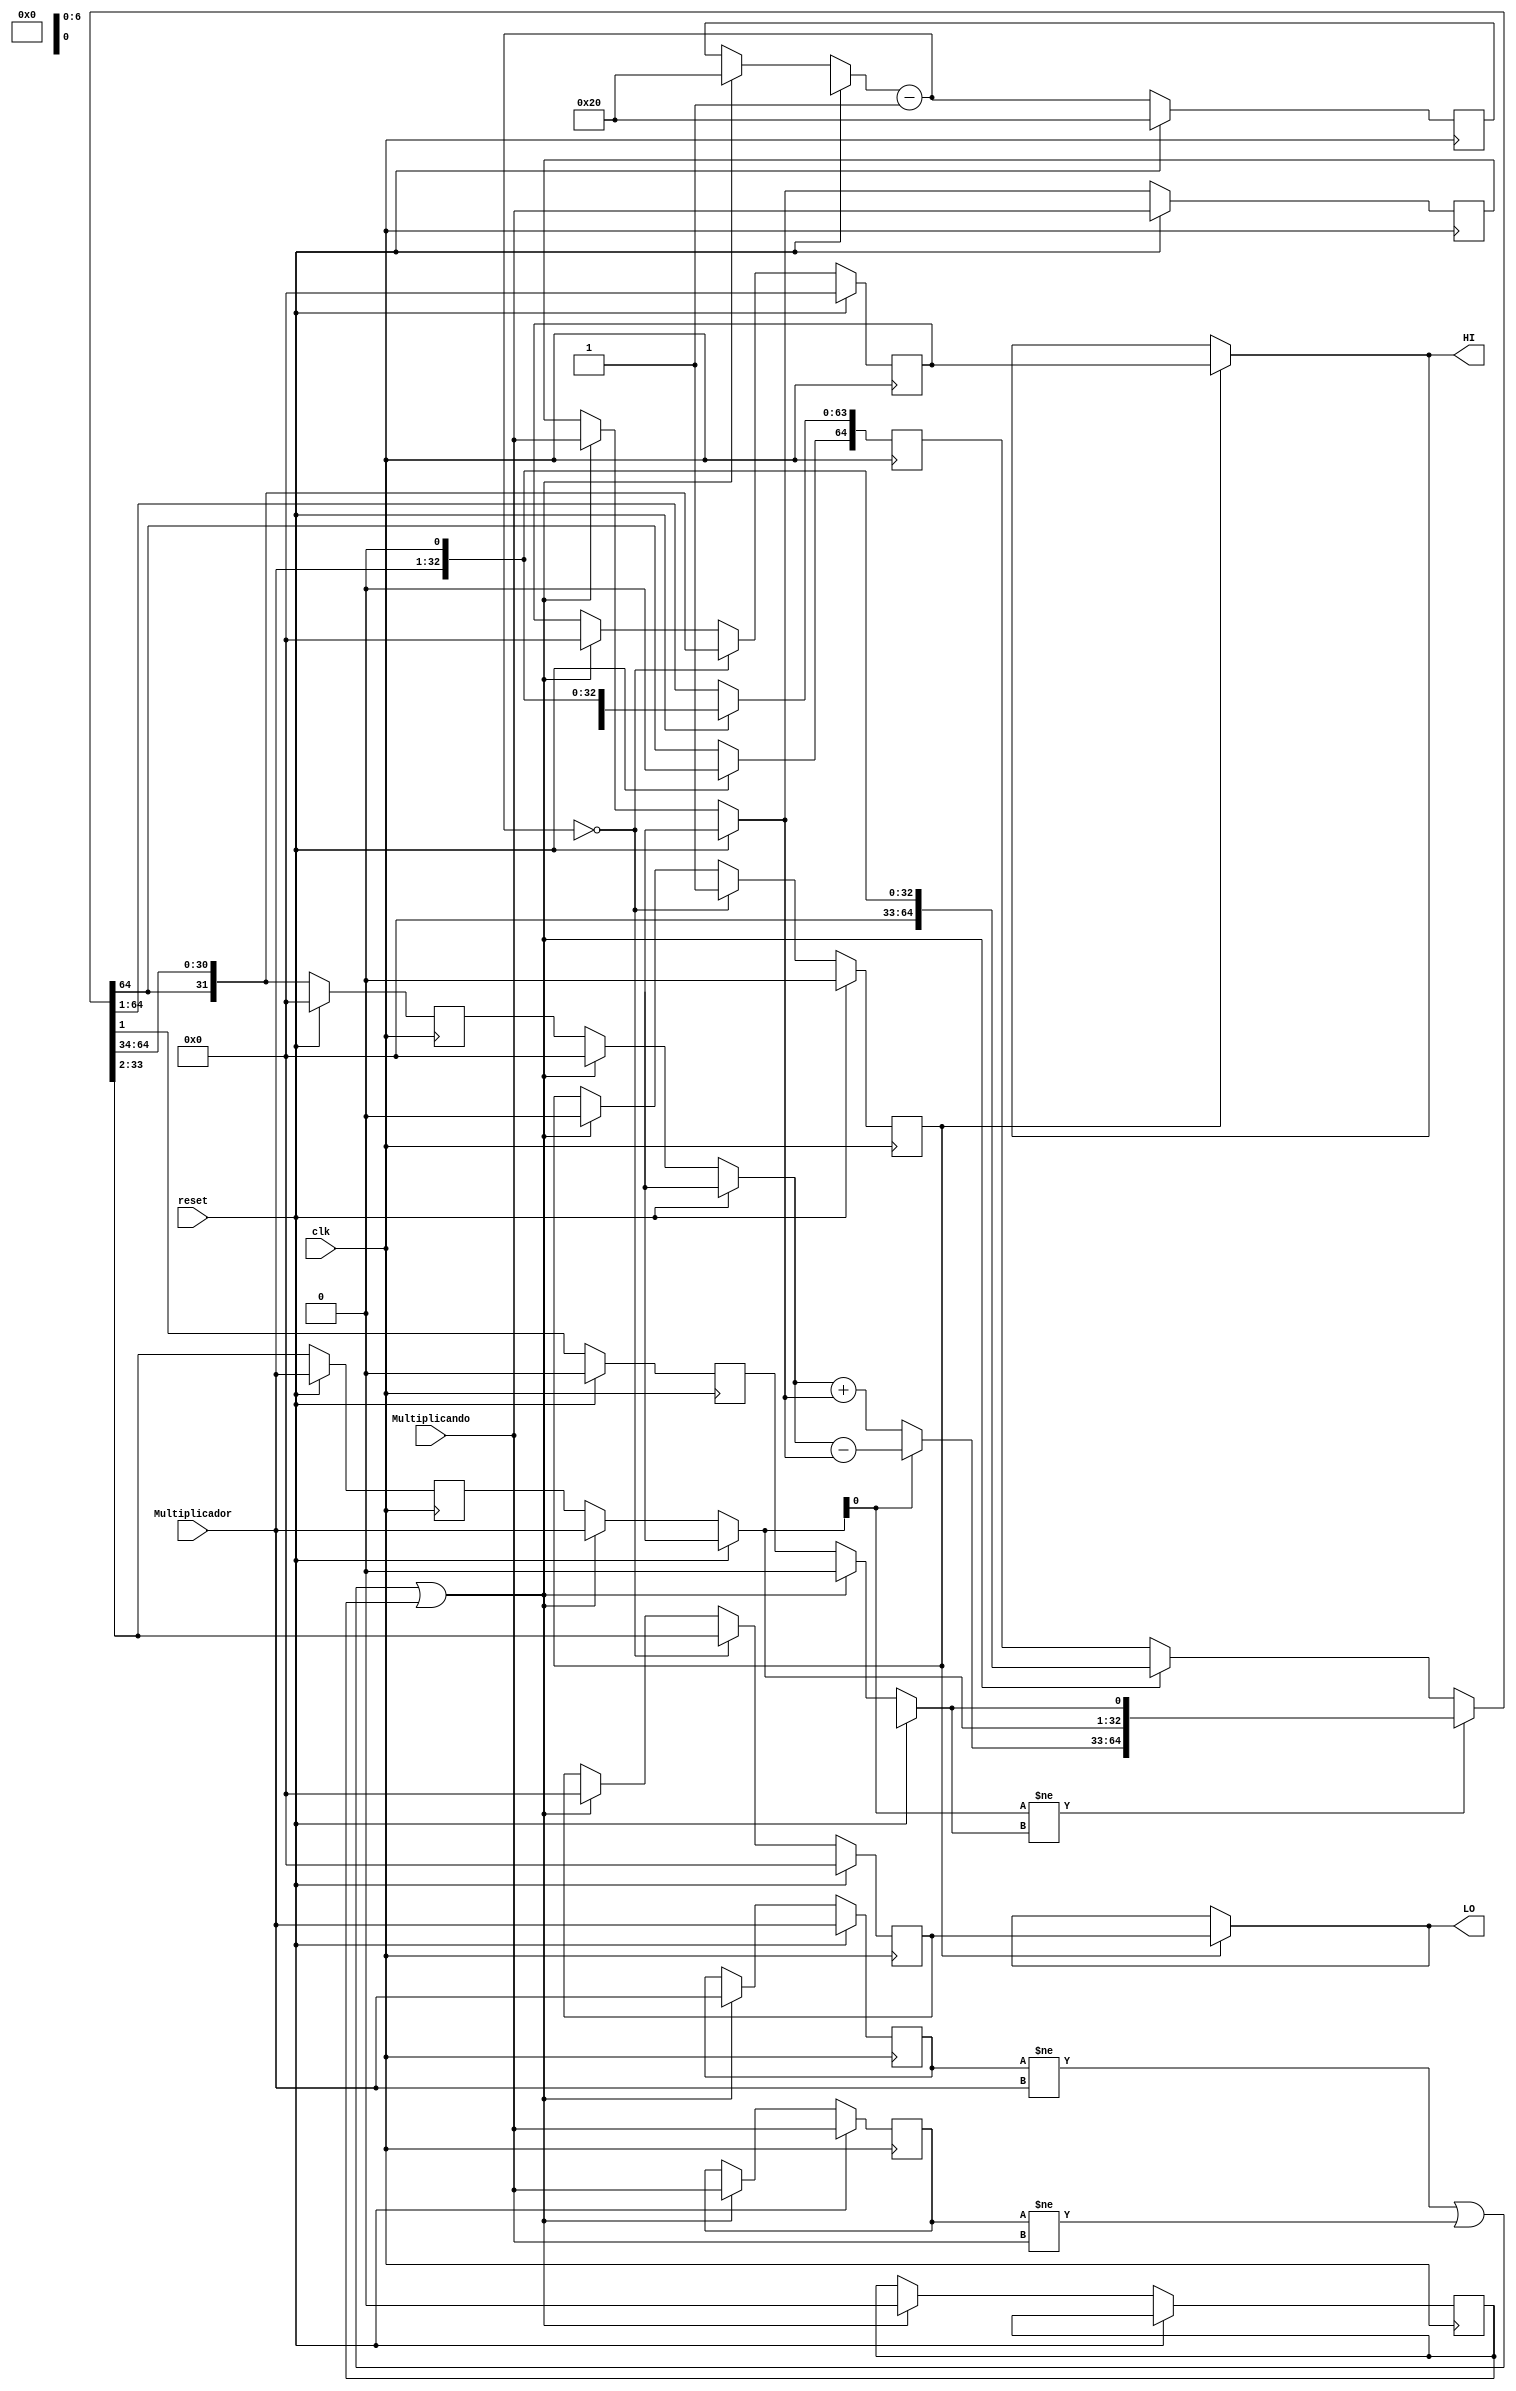
module Mult(
input wire         clk,
input wire         reset,
input wire  [31:0] Multiplicando,
input wire  [31:0] Multiplicador,
output wire [31:0] LO,
output wire [31:0] HI
);

reg [31:0] Q;
reg [31:0] A;
reg [6:0]  contador;
reg [31:0] M;
reg        AuxShiftLeftAri;
reg [31:0] regLO;
reg [31:0] regHI;
reg        seletor;
reg        QMenos1;
reg [64:0] AQQMenos1;
reg [31:0] auxQ;
reg [31:0] auxM;
reg 	   resetInicial;



 initial begin
  
	resetInicial=1'b1;
 end
 

always @(posedge clk  ) begin
     
    if (reset==1'b1) begin
	auxM=Multiplicando;
    auxQ=Multiplicador;
	M=Multiplicando;
    Q=Multiplicador;
    A=32'd0;
    QMenos1=1'd0;
    contador=7'd32;
    seletor=0;
    AQQMenos1={A,Q,QMenos1};    
    AuxShiftLeftAri=1'b0;
    regLO=32'b0;
    regHI=32'b0;
    end
	else begin	

		     if (auxQ != Multiplicador || auxM != Multiplicando || resetInicial== 1'b1 ) begin //se um dos fatores mudar, reseta os regs e faz a operacao
            resetInicial=1'b0;
			auxM=Multiplicando;
            auxQ=Multiplicador;
            M=Multiplicando;
            Q=Multiplicador;
            A=32'd0;
            QMenos1=1'd0;
            contador=7'd32;
            seletor=0;
            
            AQQMenos1={A,Q,QMenos1};
            
            AuxShiftLeftAri=1'b0;
            regLO=32'b0;
            regHI=32'b0;
            end

        if (Q[0]!=QMenos1) begin
            if (Q[0]==1'b1) begin
                A=A-M;
            end
            else begin
                A=A+M;
            end

        AQQMenos1={A,Q,QMenos1};
        end
 
        AuxShiftLeftAri=AQQMenos1[64];
        AQQMenos1=AQQMenos1>>1;   
        AQQMenos1[64]=AuxShiftLeftAri;
        A=AQQMenos1[64:33];
        Q=AQQMenos1[32:1];          
        QMenos1=AQQMenos1[0];
        contador=contador-7'd1;     

        if (contador==7'd0) begin
            regHI=A;
            regLO=Q;
			seletor=1;
        end
    end
end

assign HI= (seletor) ? regHI: HI;
assign LO= (seletor) ? regLO: LO;

endmodule